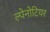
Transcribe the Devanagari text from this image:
ल्पेनोटियर